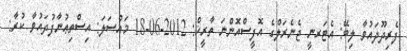
ފެރިދޫދައުވާ ލިބޭ: އެޓަރނީ ޖެނެރަލްގެ އޮފީސްއޮންނަ ތާރީޚް: 2012-06-18 މައްސަލަ: އިސްތިޢުނާފުދައުވާ ކުރާ: